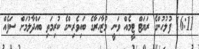
16:11 ފުލުހުންގެ ރަޔަޓް ޓީމެއް ވަނީ މުޒާހަރާގެ ބައިވެރިންގެ ކުރިމަތި ބައްދާލުމަށް ސަފެއް